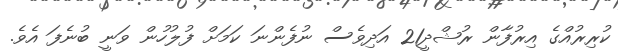
ކުރިރުއްގެ އިރުފާން ރުޝްދީ21 އަދިވެސް ނުފެންނަ ކަމަށް ފުލުހުން ވަނީ ބުނެފަ އެވެ.